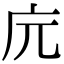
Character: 𢇟